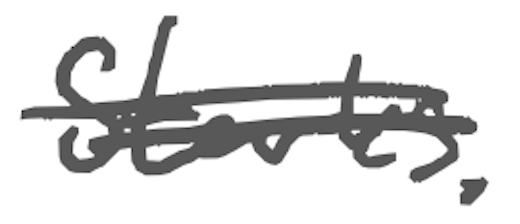
Text: Starks.
Cross-out: mix
Writing tool: digital_gray